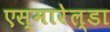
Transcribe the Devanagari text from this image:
एस्मारेल्डा